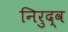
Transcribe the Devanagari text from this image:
निरुद्व